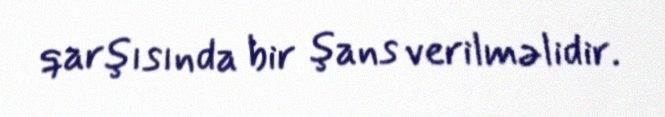
qarşısında bir şans verilməlidir.